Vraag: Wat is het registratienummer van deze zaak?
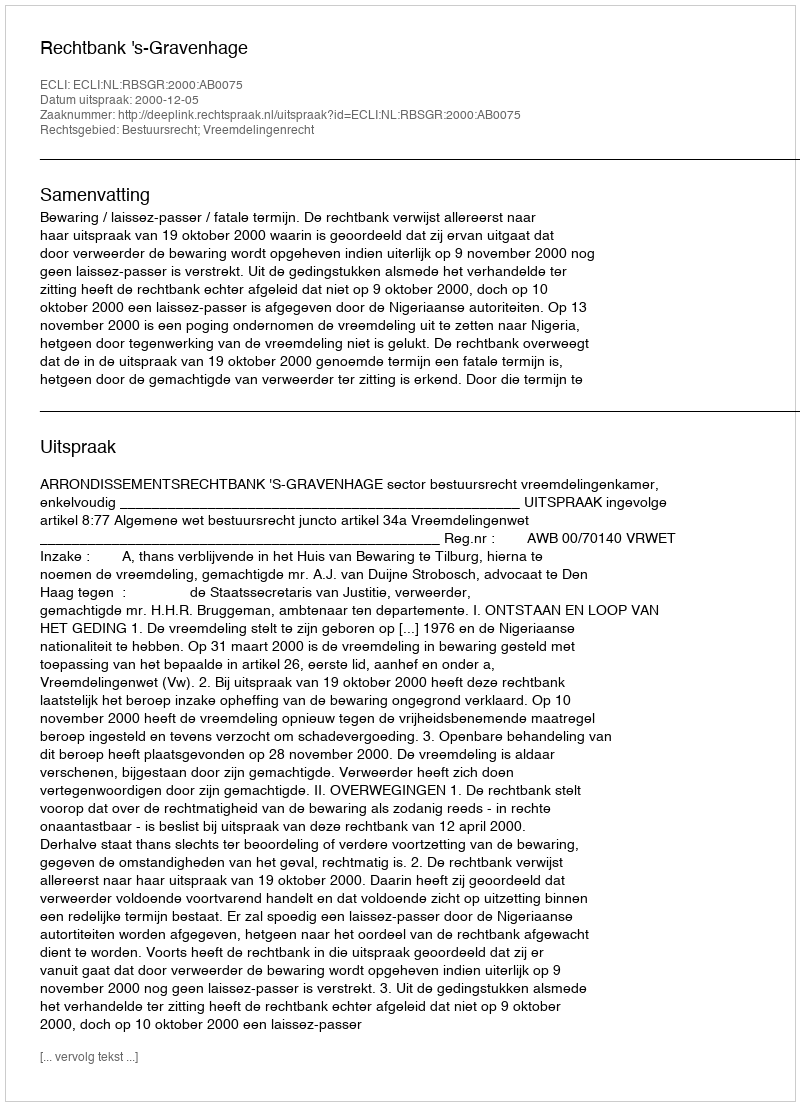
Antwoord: http://deeplink.rechtspraak.nl/uitspraak?id=ECLI:NL:RBSGR:2000:AB0075